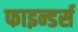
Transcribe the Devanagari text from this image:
फाइन्डर्स